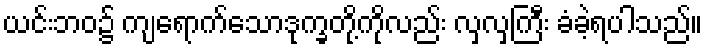
ယင်းဘဝ၌ ကျရောက်သောဒုက္ခတို့ကိုလည်း လှလှကြီး ခံခဲ့ရပါသည်။